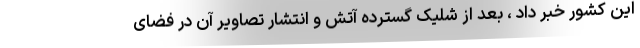
این کشور خبر داد ، بعد از شلیک گسترده آتش و انتشار تصاویر آن در فضای